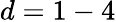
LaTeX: d=1-4